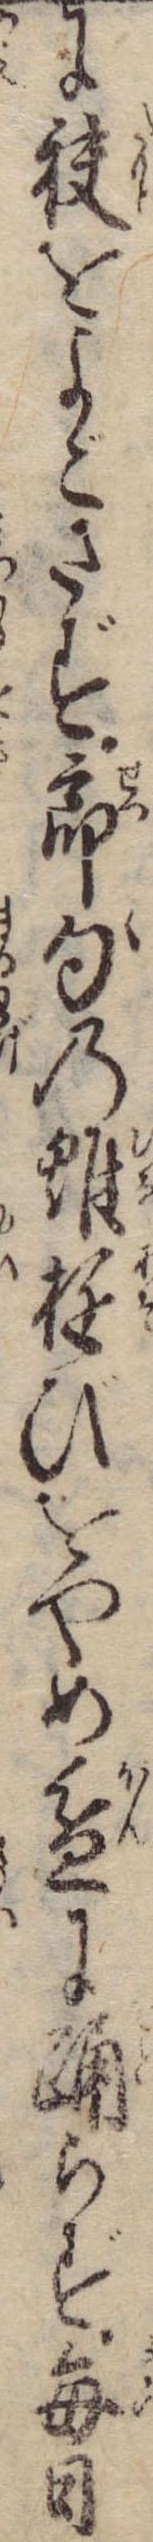
に袂をよごさず節句の雛遊びをやめ盆に踊らず毎日